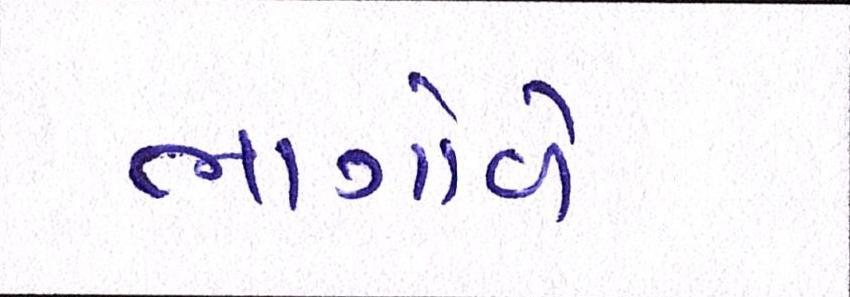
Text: ભાગોળે